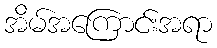
အိမ်အကြောင်းအရာ